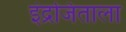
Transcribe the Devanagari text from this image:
इंद्रजिताला